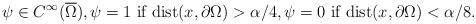
LaTeX: \begin{align*}\psi \in C^{\infty}(\overline \Omega), \psi = 1 \mbox{ if } \mathrm{dist}(x,\partial \Omega) > \alpha/4, \psi = 0 \mbox{ if } \mathrm{dist}(x,\partial \Omega) < \alpha/8.\end{align*}